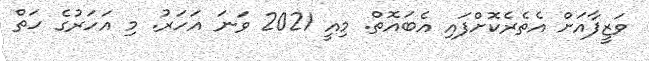
ވަޒީފާއަށް އެތެރެކޮށްފައި އެބައޮތް. މިއީ 2021 ވަނަ އަހަރު. މި އަހަރުގެ ހަތް